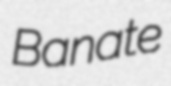
Banate